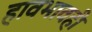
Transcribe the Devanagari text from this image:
हावभावही